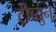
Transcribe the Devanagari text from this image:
ट्रीब्युन